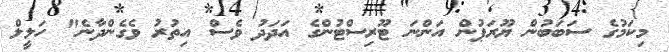
މިކަމުގެ ސަބަބުން ޔޫރަޕުން އަންނަ ޓޫރިސްޓުންގެ އަދަދު ވެސް އިތުރު ވެގެންދާނެ" ހަލީލް